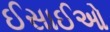
ઈસાઈઓ